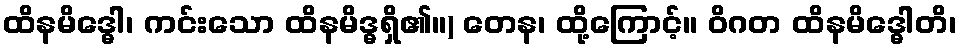
ထိနမိဒ္ဓေါ၊ ကင်းသော ထိနမိဒ္ဓရှိ၏။) တေန၊ ထို့ကြောင့်။ ဝိဂတ ထိနမိဒ္ဓေါတိ၊